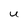
Character: u